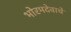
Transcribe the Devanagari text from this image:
भोरमदेवाचे